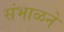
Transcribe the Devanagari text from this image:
संभाळने